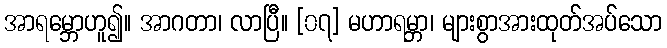
အာရမ္ဘောဟူ၍။ အာဂတာ၊ လာပြီ။ [၀၇] မဟာရမ္ဘာ၊ များစွာအားထုတ်အပ်သော